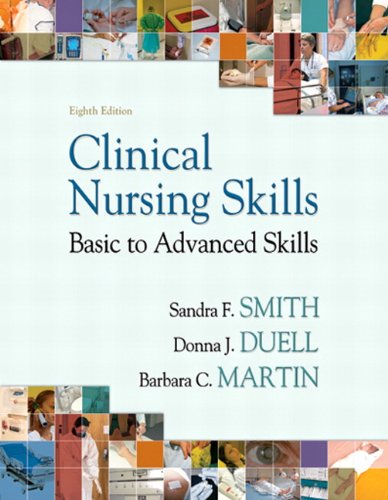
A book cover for Clinical Nursing Skills (8th Edition); Sandra F. Smith; Medical Books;